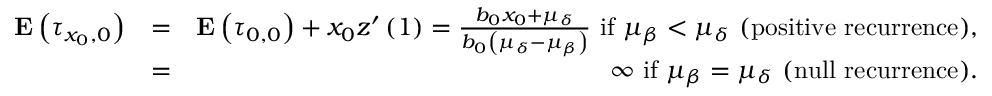
\begin{array} { r l r } { { \bf E } \left( \tau _ { x _ { 0 } , 0 } \right) } & { = } & { { \bf E } \left( \tau _ { 0 , 0 } \right) + x _ { 0 } z ^ { \prime } \left( 1 \right) = \frac { b _ { 0 } x _ { 0 } + \mu _ { \delta } } { b _ { 0 } \left( \mu _ { \delta } - \mu _ { \beta } \right) } \mathrm { ~ i f ~ } \mu _ { \beta } < \mu _ { \delta } \mathrm { ~ ( p o s i t i v e ~ r e c u r r e n c e ) , } } \\ & { = } & { \infty \mathrm { ~ i f ~ } \mu _ { \beta } = \mu _ { \delta } \mathrm { ~ ( n u l l ~ r e c u r r e n c e ) . } } \end{array}